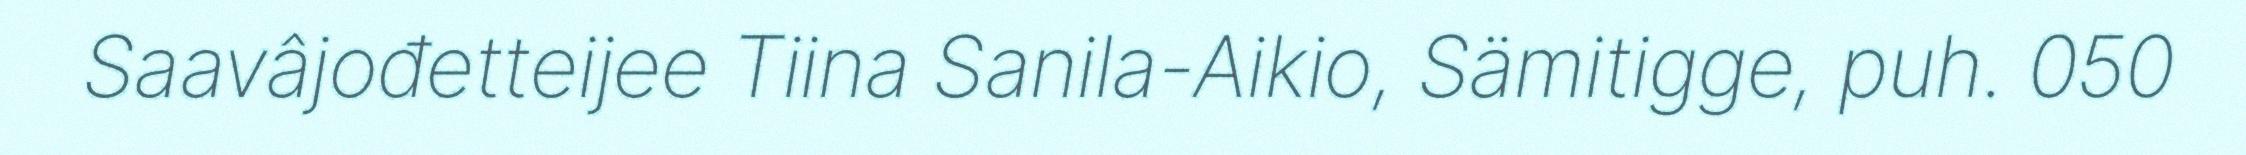
Saavâjođetteijee Tiina Sanila-Aikio, Sämitigge, puh. 050